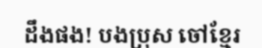
ដឹងផង! បងប្រុស ចៅខ្មែរ